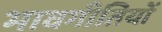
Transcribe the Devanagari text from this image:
भावगीतियों